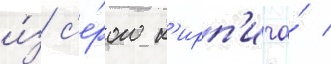
и́з с'е́рого к'ирп'ича́ /